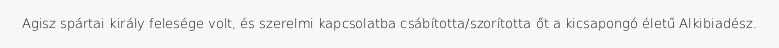
Agisz spártai király felesége volt, és szerelmi kapcsolatba csábította/szorította őt a kicsapongó életű Alkibiadész.